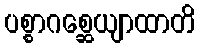
ပစ္စာဂစ္ဆေယျာထာတိ